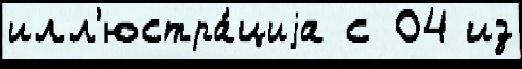
илл'юстра́циjа с 04 из